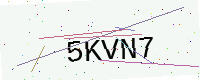
Text: 5KVN7